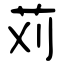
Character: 苅